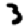
Digit: 3